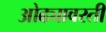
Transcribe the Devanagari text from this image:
ओढ्यावरती